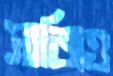
সাজিও